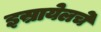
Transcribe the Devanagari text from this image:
इस्रायेलचे